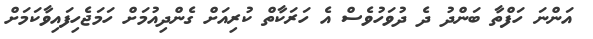
އަންނަ ހަފްތާ ބަންދު ދެ ދުވަހުވެސް އެ ހަރަކާތް ކުރިއަށް ގެންދިއުމަށް ހަމަޖެހިފައިވާކަމަށް